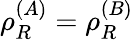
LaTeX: \rho_{R}^{(A)}=\rho_{R}^{(B)}